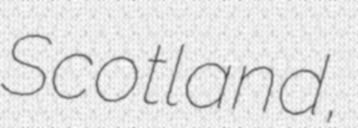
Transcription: Scotland,